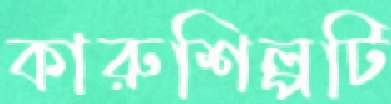
কারুশিল্পটি